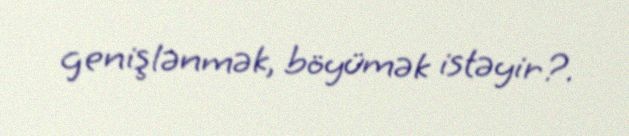
genişlənmək, böyümək istəyir?.